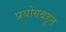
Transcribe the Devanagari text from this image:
प्रयोगबहुत